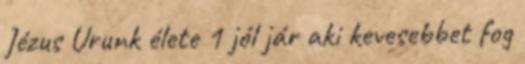
Jézus Urunk élete 1 jól jár aki kevesebbet fog